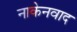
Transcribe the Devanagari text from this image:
नाकेनवाद